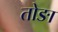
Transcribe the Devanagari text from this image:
तोङा